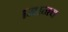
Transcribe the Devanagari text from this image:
।मानव